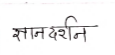
मजकूर: ज्ञानदर्शन